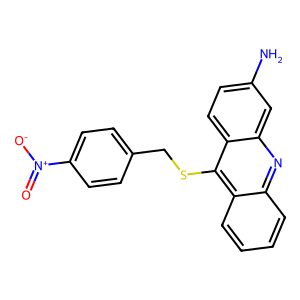
SMILES: Nc1ccc2c(SCc3ccc([N+](=O)[O-])cc3)c3ccccc3nc2c1
Inhibits HIV replication: No